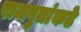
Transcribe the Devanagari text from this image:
राजपुतांकडे